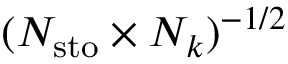
( N _ { \mathrm { { s t o } } } \times N _ { k } ) ^ { - 1 / 2 }